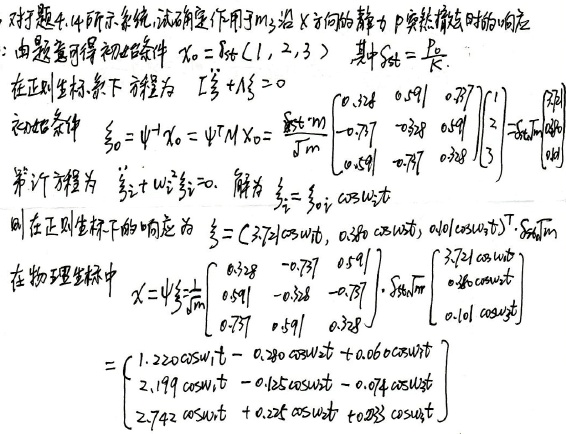
对题图4.4所示系统, 试确定作用于\(m_3\)沿\(X\)方向的静力\(P\)突然撤去时的响应:
由题意可得初始条件 \(x_0 = \text{Sst}(1,2,3)\)，其中\(\text{Sst}=\frac{P}{k}\).
在正则坐标系下 方程为 \(\ddot{\xi}+I\xi = 0\)
初始条件 \(\xi_0=\varPsi^{-1}x_0=\varPsi^{T}Mx_0=\frac{\text{Sst}m}{\sqrt{m}}\begin{pmatrix}0.328&0.591&0.787\\ -0.787& -0.328& 0.591\\0.591& -0.787& 0.328\end{pmatrix}\begin{pmatrix}1\\2\\3\end{pmatrix}\)
第\(i\)行方程为 \(\ddot{\xi}_i + \omega_i^{2}\xi_i = 0\). 解为 \(\xi_i=\xi_{0i}\cos\omega_it\)
则在正则坐标下的响应为 \(\xi = (\xi_{01}\cos\omega_1t,\xi_{02}\cos\omega_2t,\xi_{03}\cos\omega_3t)^T\cdot\sqrt{m}\)
在物理坐标中
\[
\begin{align*}
x&=\varPsi\xi\frac{1}{\sqrt{m}}\begin{pmatrix}0.328& -0.787& 0.591\\ 0.591& -0.328& -0.787\\0.787& 0.591& 0.328\end{pmatrix}\cdot\sqrt{m}\begin{pmatrix}\xi_{01}\cos\omega_1t\\\xi_{02}\cos\omega_2t\\\xi_{03}\cos\omega_3t\end{pmatrix}\\
&=\begin{pmatrix}1.220\cos\omega_1t - 1.280\cos\omega_2t + 0.66\cos\omega_3t\\2.199\cos\omega_1t - 0.125\cos\omega_2t - 0.974\cos\omega_3t\\2.742\cos\omega_1t + 0.22t\cos\omega_2t + 0.238\cos\omega_3t\end{pmatrix}
\end{align*}
\]